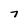
Character: 7